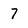
Character: 7